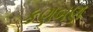
કણબણ